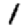
Digit: 1